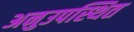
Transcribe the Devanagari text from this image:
अनुउपस्थित